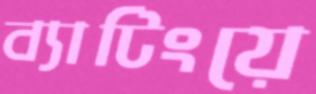
ব্যাটিংয়ে